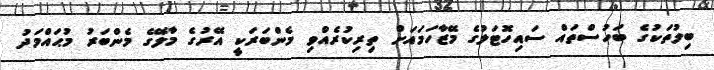
ބިލުތަކުގެ ބަހުސްތައް ސައިހޮޓަލުގެ މޭޒާހަމައަށް ތިރިކުރެއްވި މެންބަރަކީ އޭރުގެ މާލޭގެ މެންބަރު މުޙައްމަދު